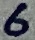
Text: 6